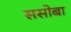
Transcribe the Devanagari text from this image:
ससोबा